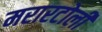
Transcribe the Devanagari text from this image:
मरारटोली